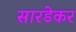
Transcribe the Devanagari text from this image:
सारडेकर